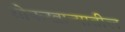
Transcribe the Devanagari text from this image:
तोफखान्यातील